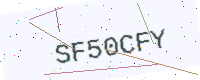
Text: SF50CFY